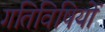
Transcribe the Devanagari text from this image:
गतिविषियों